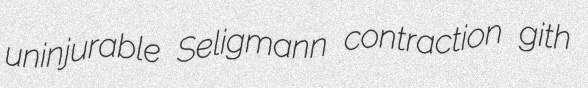
uninjurable Seligmann contraction gith